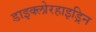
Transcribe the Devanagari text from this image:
डाइक्लोरहाइड्रिन